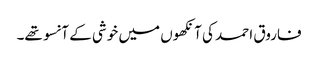
فاروق احمد کی آنکھوں میں خوشی کے آنسو تھے۔